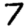
Digit: 4